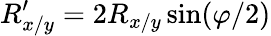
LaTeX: R_{x/y}^{\prime}=2R_{x/y}\sin(\varphi/2)